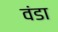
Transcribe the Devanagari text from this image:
वंडा